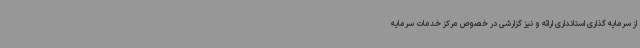
از سرمایه گذاری استانداری ارائه و نیز گزارشی در خصوص مرکز خدمات سرمایه